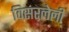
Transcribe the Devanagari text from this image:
विसरलेली